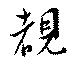
覩